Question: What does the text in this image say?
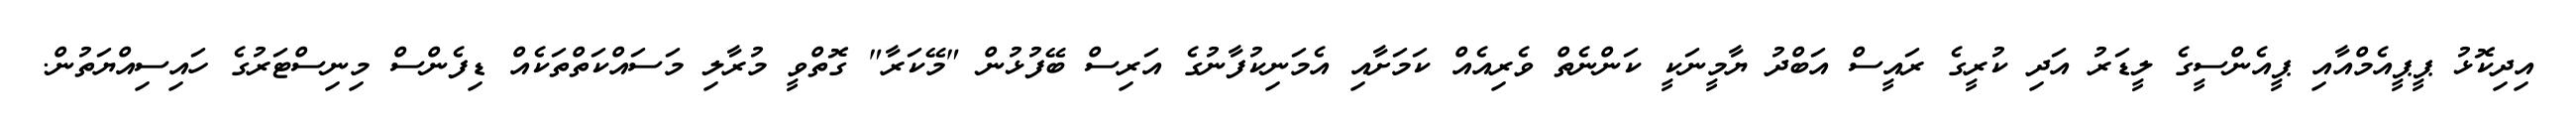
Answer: އިދިކޮޅު ޕީޕީއެމްއާއި ޕީއެންސީގެ ލީޑަރު އަދި ކުރީގެ ރައީސް އަބްދު ޔާމީނަކީ ކަންނެތް ވެރިއެއް ކަމަށާއި އެމަނިކުފާނުގެ އަރިސް ބޭފުޅުން "މޭކަރާ" ގޮތްވީ މުރާލި މަސައްކަތްތަކެއް ޑިފެންސް މިނިސްޓަރުގެ ހައިސިއްޔަތުން.